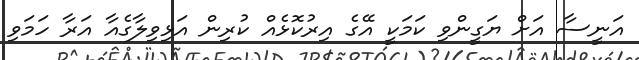
އަނީސާ އަށް ޔަގީންވި ކަމަކީ އޭގެ އިރުކޮޅެއް ކުރިން އަޅިވިލާގެއާ އަރާ ހަމަވި